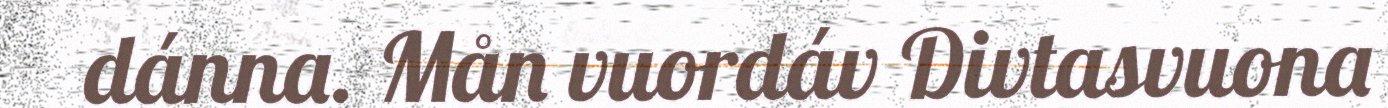
dánna. Mån vuordáv Divtasvuona